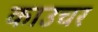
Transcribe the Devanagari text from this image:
काउचर